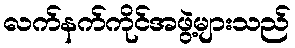
လက်နက်ကိုင်အဖွဲ့များသည်